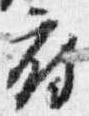
府